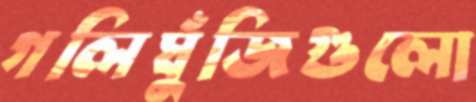
গলিঘুঁজিগুলো